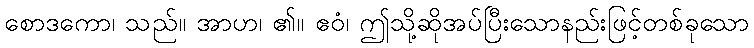
စောဒကော၊ သည်။ အာဟ၊ ၏။ ဧဝံ၊ ဤသို့ဆိုအပ်ပြီးသောနည်းဖြင့်တစ်ခုသော